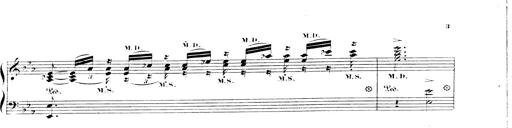
Title: 3 Chansons
Composer: Franz Liszt